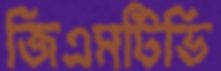
জিএমটিভি